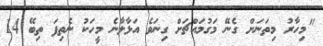
"މިހާރު މިތަނަށް ގެނޭ މަގުމައްޗަށް ގިނަވެ އަޅާލާނެ މީހަކު ނެތިފަ ތިބޭ 14